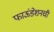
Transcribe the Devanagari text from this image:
फाऊंडेशनची